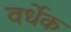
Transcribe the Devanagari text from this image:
वर्धेक